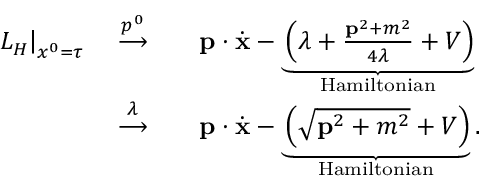
\begin{array} { r l } { \left. L _ { H } \right| _ { x ^ { 0 } = \tau } \quad \stackrel { p ^ { 0 } } { \longrightarrow } } & { \quad { \bf p } \cdot \dot { \bf x } - \underbrace { \left( \lambda + \frac { { \bf p } ^ { 2 } + m ^ { 2 } } { 4 \lambda } + V \right) } _ { \mathrm { H a m i l t o n i a n } } } \\ { \quad \stackrel { \lambda } { \longrightarrow } } & { \quad { \bf p } \cdot \dot { \bf x } - \underbrace { \left( \sqrt { { \bf p } ^ { 2 } + m ^ { 2 } } + V \right) } _ { \mathrm { H a m i l t o n i a n } } . } \end{array}